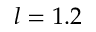
l = 1 . 2